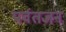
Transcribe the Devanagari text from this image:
पर्वतजन